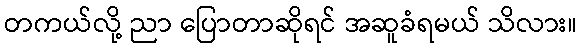
တကယ်လို့ ညာ ပြောတာဆိုရင် အဆူခံရမယ် သိလား။